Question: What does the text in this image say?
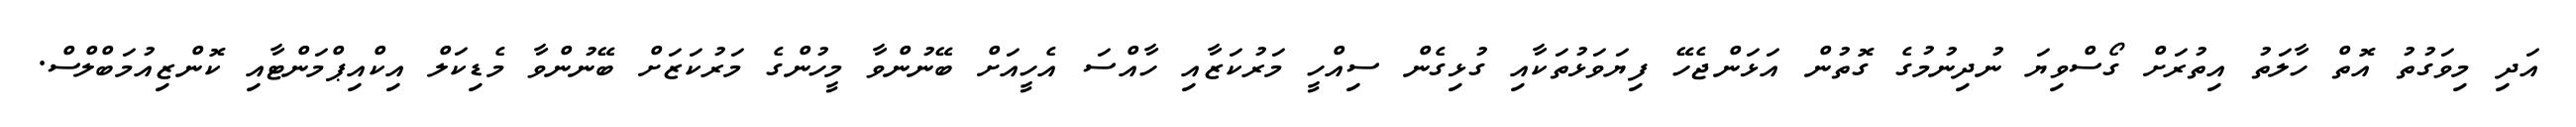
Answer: އަދި މިވަގުތު އޮތް ހާލަތު އިތުރަށް ގޯސްވިޔަ ނުދިނުމުގެ ގޮތުން އަޅަންޖެހޭ ފިޔަވަޅުތަކާއި ގުޅިގެން ސިއްހީ މަރުކަޒާއި ހާއްސަ އެހީއަށް ބޭނުންވާ މީހުންގެ މަރުކަޒަށް ބޭނުންވާ މެޑިކަލް އިކްއިޕްމަންޓާއި ކޮންޒިއުމަބްލްސް.